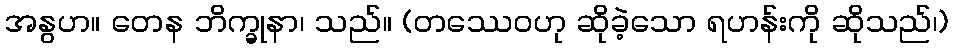
အနွဟ။ တေန ဘိက္ခုနာ၊ သည်။ (တဿေဝဟု ဆိုခဲ့သော ရဟန်းကို ဆိုသည်၊)